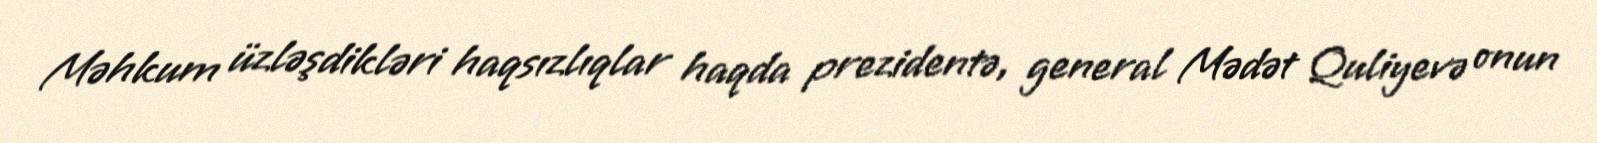
Məhkum üzləşdikləri haqsızlıqlar haqda prezidentə, general Mədət Quliyevə onun